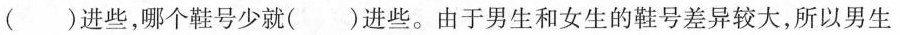
( )进些，哪个鞋号少就( )进些。由于男生和女生的鞋号差异较大，所以男生